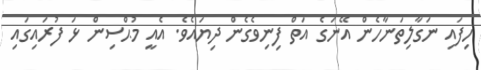
ހިފައި ނަގާލިތަނާހެން އޭނަގެ އަތް ފިނިވެގެން ދިޔައެވެ. އެއީ މުޙްސިން ޅަ ފުރައިގައި